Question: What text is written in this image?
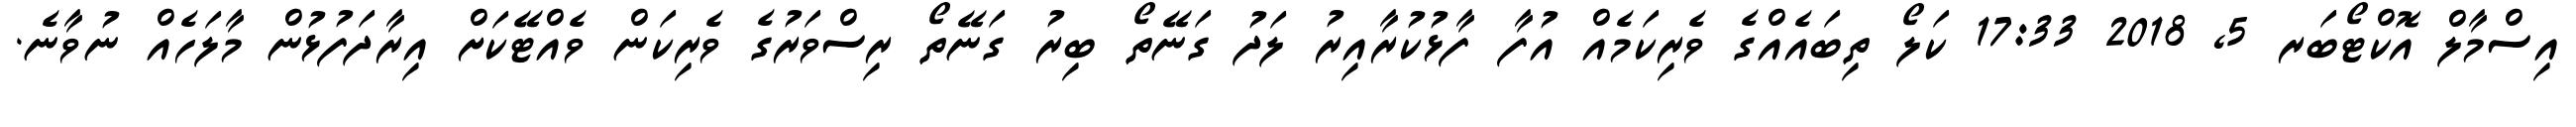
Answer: އިސްމާލް އޮކްޓޯބަރ 5, 2018 17:33 ކަލޯ ތިބައެއްގެ ވެރިކަމެއް އުފާ ފާޅުކުރާއިރު ލަދު ގަނޭތޯ ބިރު ގަނޭތޯ ރިސްވަރުގެ ވެރިކަން ވެއްޓޭކަށް އިރާދަފުޅުން މާލަހެއް ނުވާނެ.